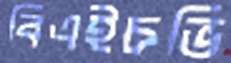
বিএইচভি